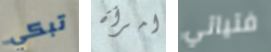
تبكي امرأة فتياتي